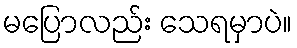
မပြောလည်း သေရမှာပဲ။